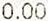
0.00